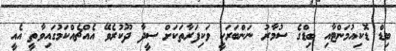
ބިޑް ޑޮކިއުމަންޓާއި ބިޑްގެ ސުމާރު ނަންބަރަކީ ވަކިފަރާތަކަށް ސީދާ ދޫކުރެވޭ އެއްޗެއްކަމުގައިވާތީ އެއީ